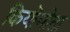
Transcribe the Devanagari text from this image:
कियोमोता